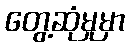
တွေ့ဆုံမှုမှာ